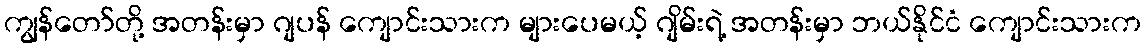
ကျွန်တော်တို့ အတန်းမှာ ဂျပန် ကျောင်းသားက များပေမယ့် ဂျိမ်းရဲ့ အတန်းမှာ ဘယ်နိုင်ငံ ကျောင်းသားက